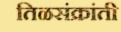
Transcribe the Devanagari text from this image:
तिळसंक्रांती